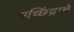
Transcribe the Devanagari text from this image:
मच्छिंद्राचें